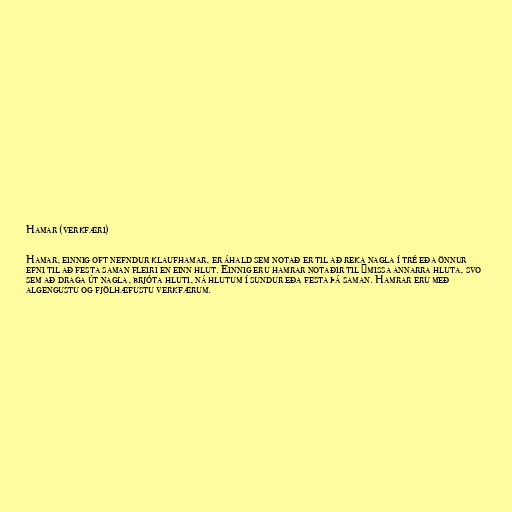
Hamar (verkfæri)

Hamar, einnig oft nefndur klaufhamar, er áhald sem notað er til að reka nagla í tré eða önnur
efni til að festa saman fleiri en einn hlut. Einnig eru hamrar notaðir til ýmissa annarra hluta, svo
sem að draga út nagla, brjóta hluti, ná hlutum í sundur eða festa þá saman. Hamrar eru með
algengustu og fjölhæfustu verkfærum.